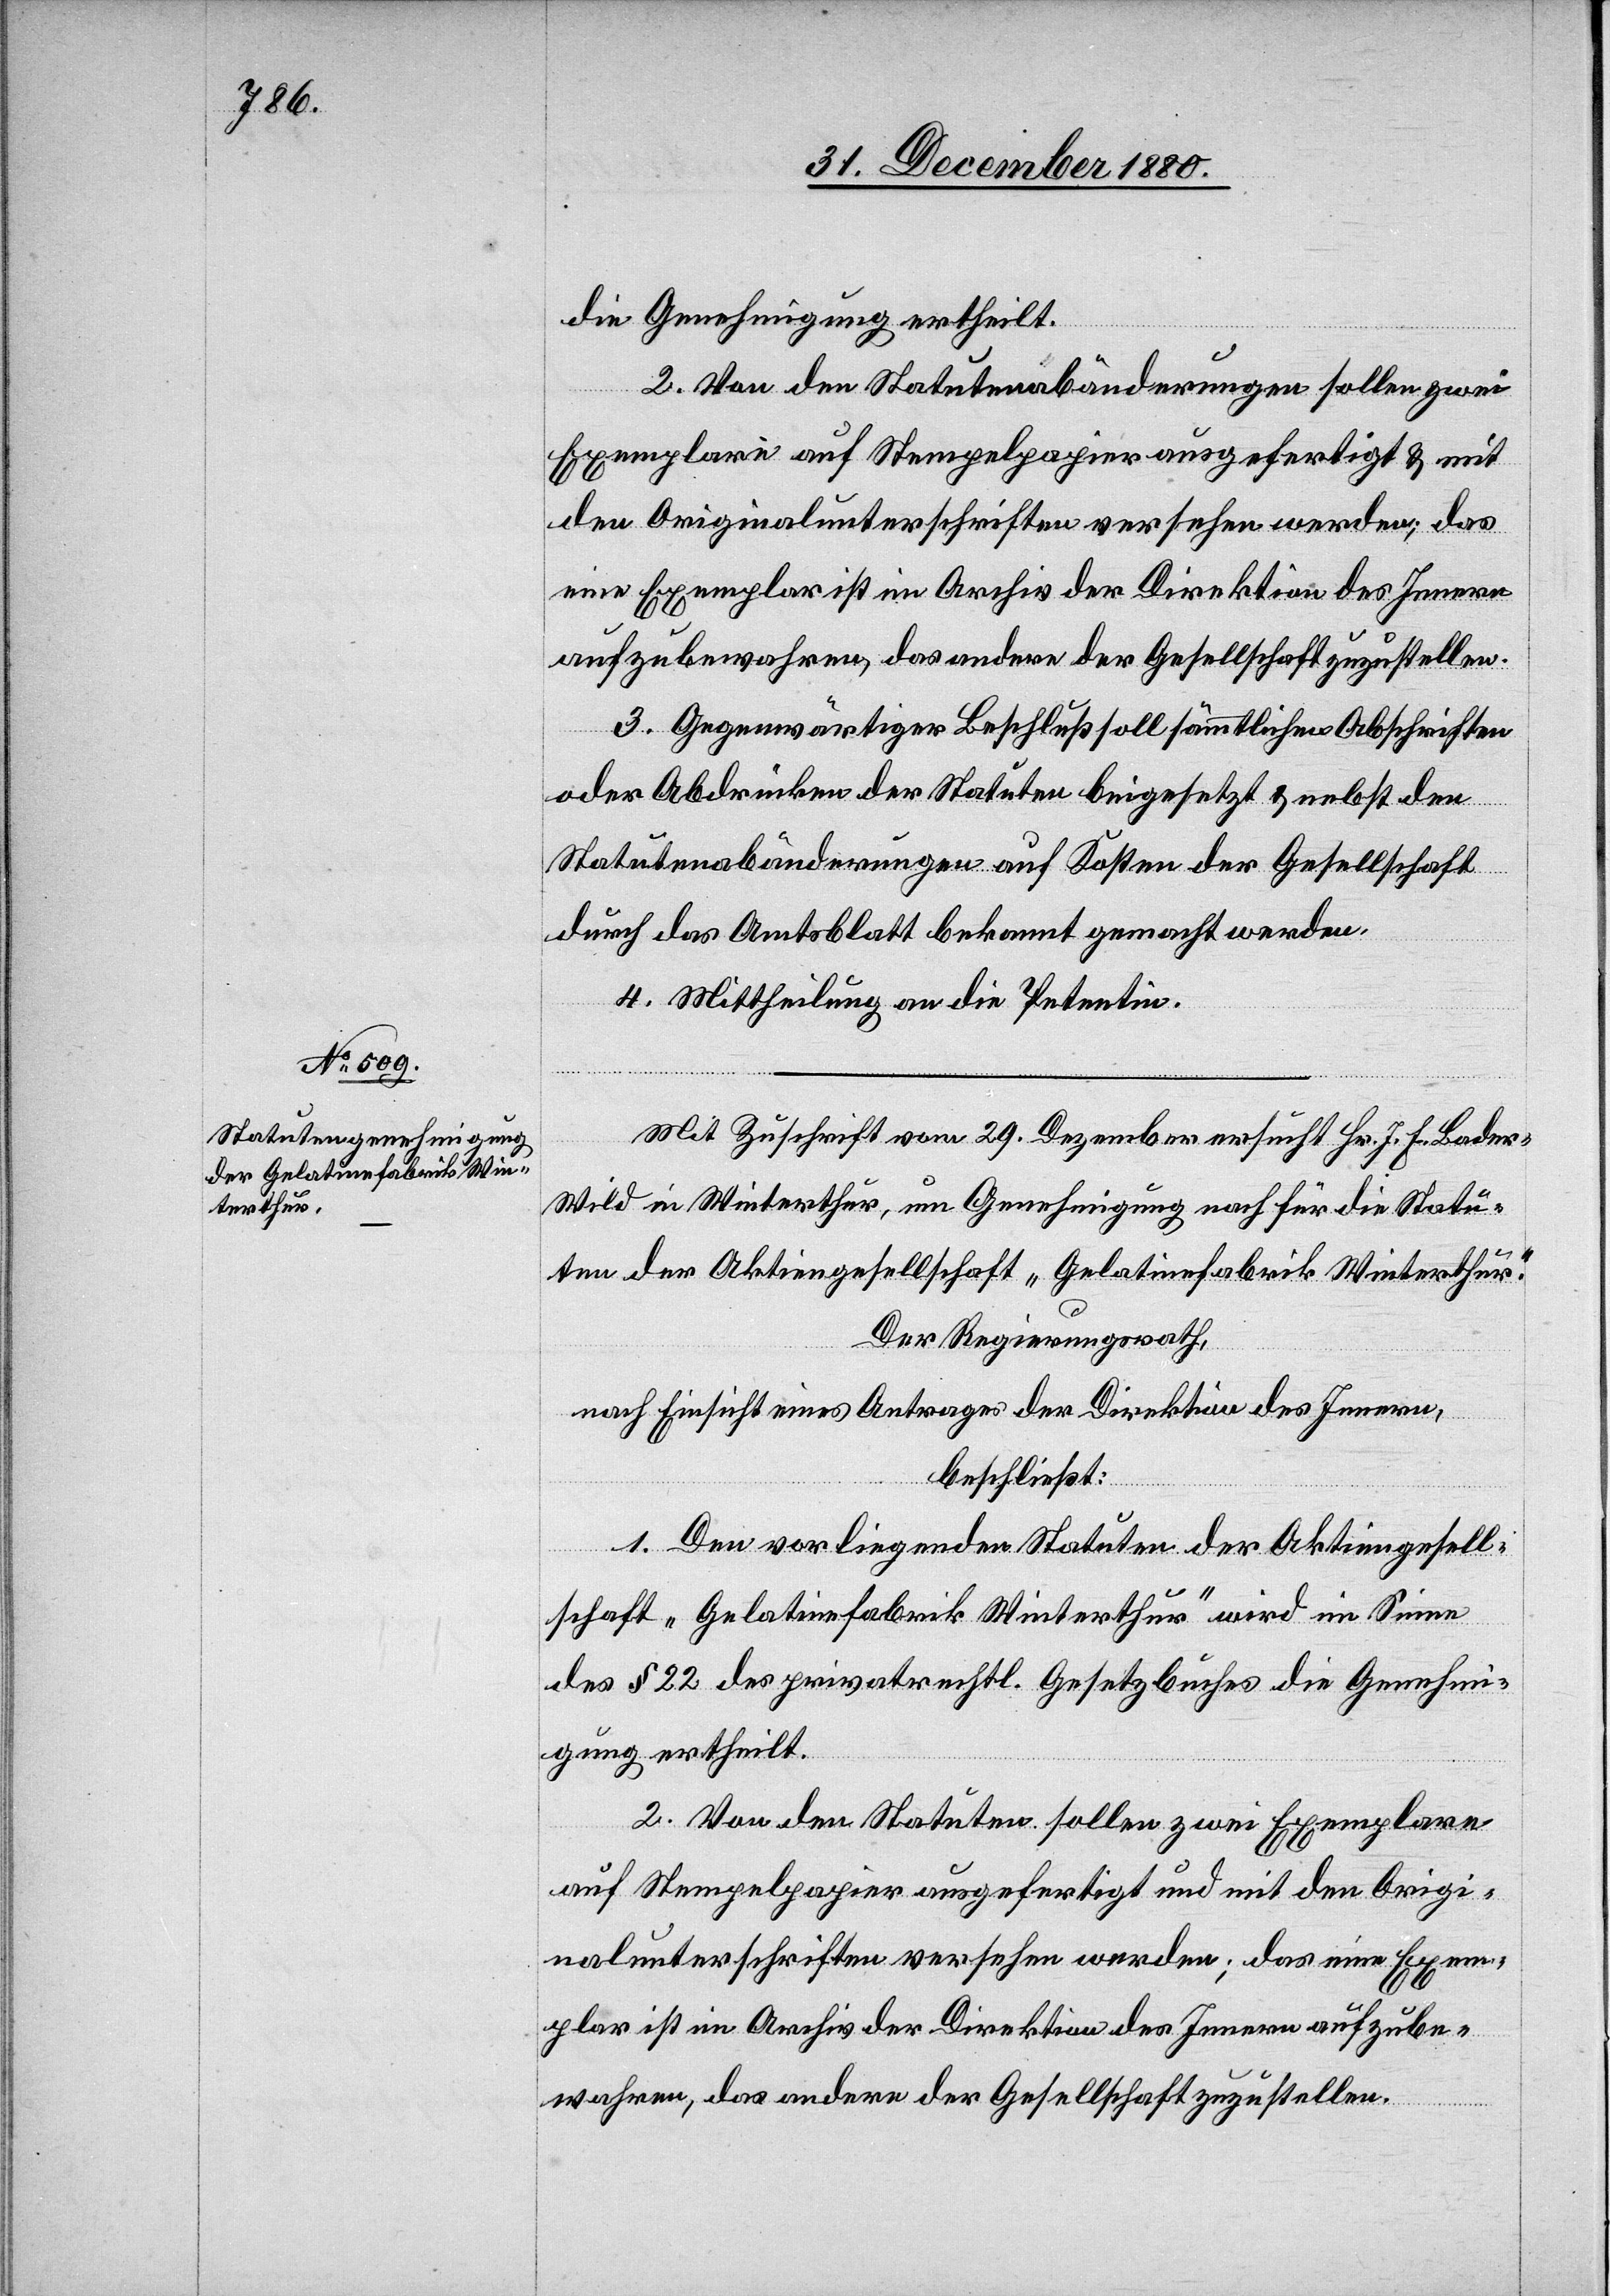
die Genehmigung ertheilt.
2. Von den Statutenabänderungen sollen zwei
Exemplare auf Stempelpapier ausgefertigt & mit
den Originalunterschriften versehen werden, das
eine Exemplar ist im Archiv der Direktion des Innern
aufzubewahren, das andere der Gesellschaft zuzustellen.
3. Gegenwärtiger Beschluß soll sämmtlichen Abschriften
oder Abdrücken der Statuten beigesetzt & nebst den
Statutenabänderungen auf Kosten der Gesellschaft
durch das Amtsblatt bekannt gemacht werden.
4. Mittheilung an die Petentin.
Mit Zuschrift vom 29. Dezember ersucht Hr. J. H. Bade¬
r-Wild in Winterthur, um Genehmigung nach für die Statu¬
ten der Aktiengesellschaft „Gelatinefabrik Winterthur“.
Der Regierungsrath,
nach Einsicht eines Antrages der Direktion des Innern,
beschließt:
1. Den vorliegenden Statuten der Aktiengesell¬
schaft „Gelatinefabrik Winterthur“ wird im Sinne
des § 22 des privatrechtl. Gesetzbuches die Genehmi¬
gung ertheilt.
2. Von den Statuten sollen zwei Exemplare
auf Stempelpapier ausgefertigt und mit den Origi¬
nalunterschriften versehen werden; das eine Exem¬
plar ist im Archiv der Direktion des Innern aufzube¬
wahren, das andere der Gesellschaft zuzustellen.